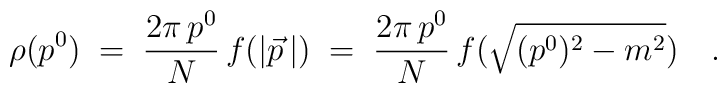
\rho(p^0) \; = \; \frac{2\pi \, p^0}{N}  \, f(|\vec p \,|) \; = \; \frac{2\pi \, p^0}{N}  \,f(\sqrt { (p^0)^2 - m^2 }) \quad .